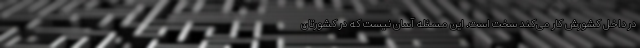
در داخل کشورش کار می‌کند سخت است. این مسئله آسان نیست که در کشورتان